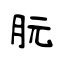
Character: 朊